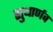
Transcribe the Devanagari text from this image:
सुधार्णव